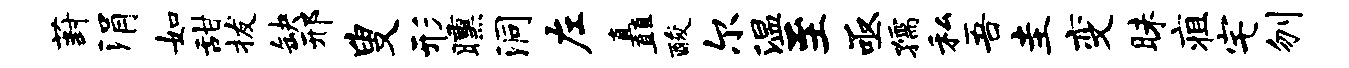
葑涓如甜拔缺邢叟形曛洞左矗酸尔温至亟孺私吾圭变昧疽宅刎